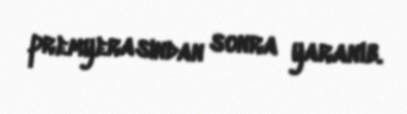
premyerasından sonra yaranıb.